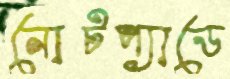
নোটপ্যাডে